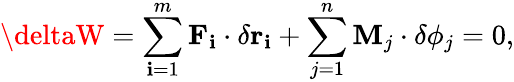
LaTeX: \deltaW=\sum_{\mathbf{i}=1}^{m}\mathbf{{F}}_{\mathbf{i}}\cdot\delta\mathbf{{r}}_{\mathbf{i}}+\sum_{j=1}^{n}\mathbf{{M}}_{j}\cdot\delta\mathbf{{\phi}}_{j}=0,